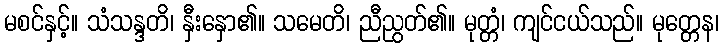
မစင်နှင့်။ သံသန္ဒတိ၊ နှီးနှော၏။ သမေတိ၊ ညီညွတ်၏။ မုတ္တံ၊ ကျင်ငယ်သည်။ မုတ္တေန၊